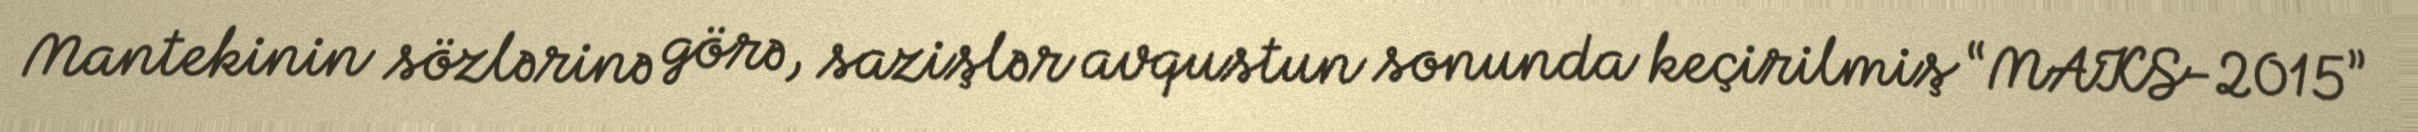
Mantekinin sözlərinə görə, sazişlər avqustun sonunda keçirilmiş “MAKS-2015”